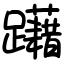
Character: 躤